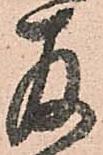
存